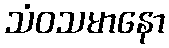
သံဝသမာနော